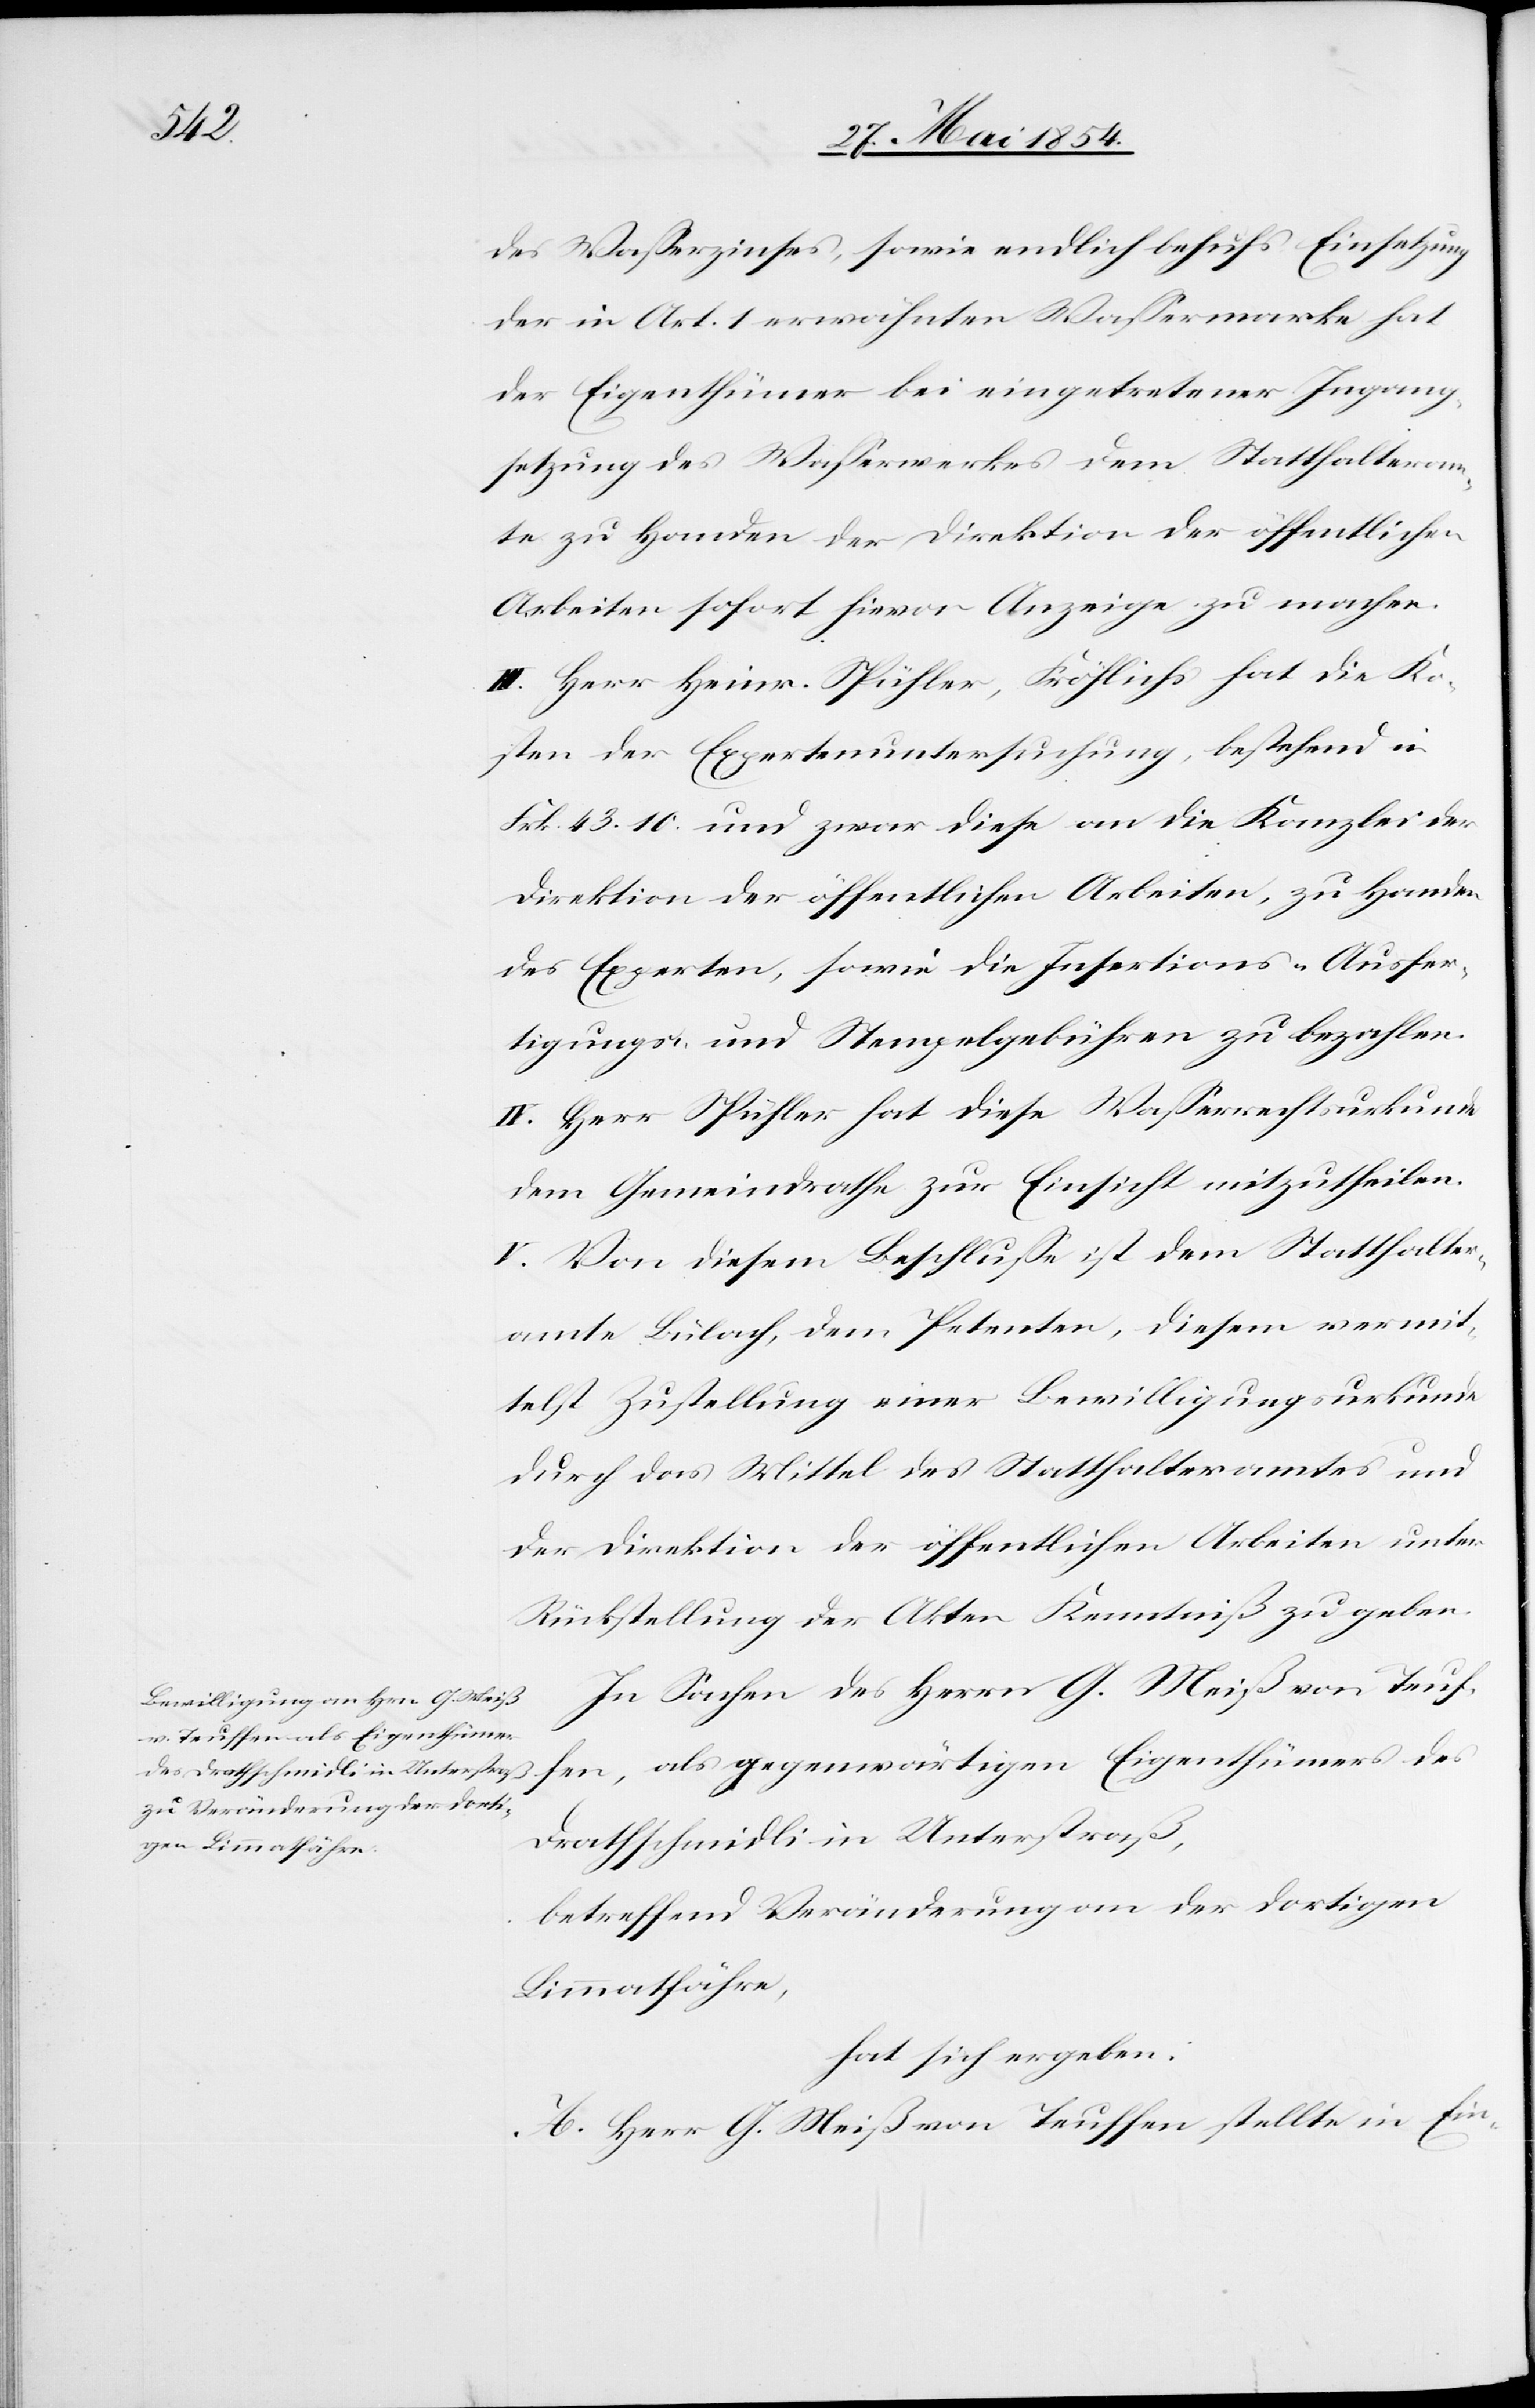
des Waßerzinses, sowie endlich behufs Einsetzung
der in Art. 1 erwähnten Waßermarke hat
der Eigenthümer bei eingetretener Ingang¬
setzung des Waßerwerkes dem Statthalteram¬
te zu Handen der Direktion der öffentlichen
Arbeiten sofort hievon Anzeige zu machen.
III. Herr Heinr. Spühler-Fröhlichs hat die Ko¬
sten der Expertenuntersuchung, bestehend in
Frk. 43.10 und zwar diese an die Kanzlei der
Direktion der öffentlichen Arbeiten, zu Handen
des Experten, sowie die Insertions-[,] Ausfer¬
tigungs- und Stempelgebühren zu bezahlen.
IV. Herr Spühler hat diese Waßerrechtsurkunde
dem Gemeindrathe zur Einsicht mitzutheilen.
V. Von diesem Beschluße ist dem Statthalter¬
amte Bülach, dem Petenten, diesem vermit¬
telst Zustellung einer Bewilligungsurkunde
durch das Mittel des Statthalteramtes und
der Direktion der öffentlichen Arbeiten unter
Rückstellung der Akten Kenntniß zu geben.
In Sachen des Herrn G. Meiß von Teuf¬
fen, als gegenwärtigen Eigenthümer des
Drathschmidli in Unterstraß,
betreffend Veränderung an der dortigen
Limmatfähre,
hat sich ergeben:
A. Herr G. Meiß von Teufen stellte in Ein-